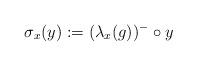
LaTeX: \begin{align*}\sigma_x(y):=(\lambda_x(g))^{-}\circ y\end{align*}